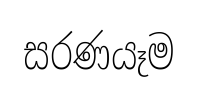
සරණයෑම